Civil Veterinary Dept. North-West Frontier Province 1933-46 - 1933-1946
Year: 1933
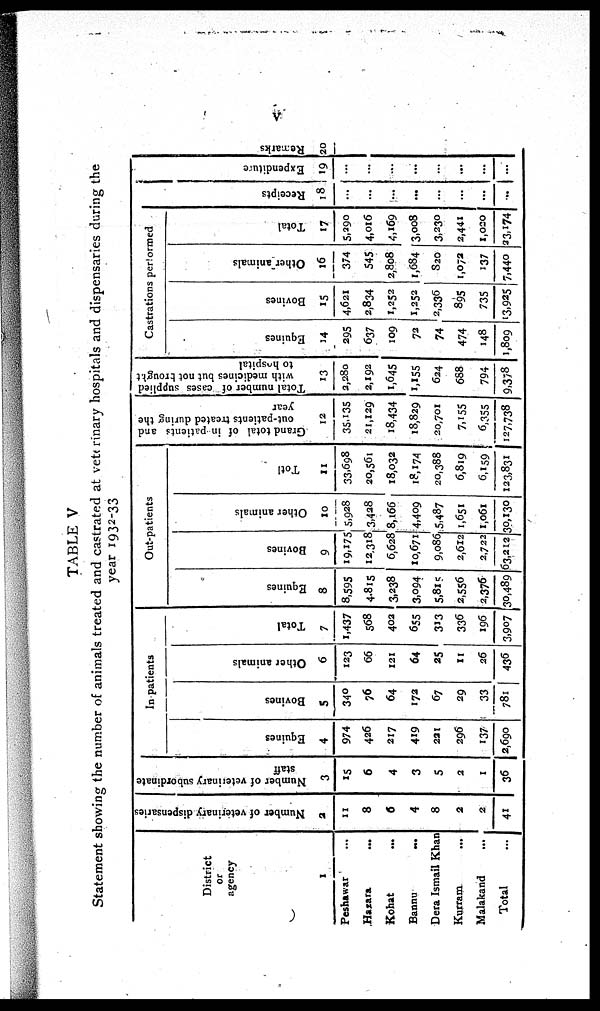
V
TABLE V
Statement showing the number of animals treated and castrated at veterinary hospitals and dispensaries during the
year 1932-33
District
or
agency
1
Peshawar ...
Hazara ...
Kohat ...
Bannu
...
Dera Ismail Khan
Kurram ...
Malakand
...
Total ...
Number of veterinary dispensaries
2
11
8
6
4
8
2
2
41
Number of veterinary subordinate
staff
3
15
6
4
3
5
2
1
36
In patients
Equines
4
974
426
217
419
221
296
137
2,690
Bovines
5
340
76
64
172
67
29
33
781
Other animals
6
123
66
121
64
25
11
26
436
Total
7
1,437
568
402
655
313
336
196
3,907
Out-patients
Equines
8
8,595
4.815
3,238
3,094
5.815
2,556
2,376
30,489
Bovines
9
19,175
12,318
6,628
10,671
9,086
2,612
2,722
63,212
Other animals
10
5,928
3,428
8,166
4,409
5,487
1,651
1,061
30,130
Total
11
33,698
20,561
18,032
18,174
20,388
6,819
6,159
123,831
Grand total of in patients and
out-patients treated during the
year
12
35,135
21,129
18,434
18,829
20,701
7,155
6,355
127,738
Total number of cases supplied
with medicines but not brought
to hospital
13
2,280
2,192
1,645
1,155
624
688
794
9,378
Castrations performed
Equines
14
295
637
109
72
74
474
148
1,809
Bovines
15
4,621
2,834
1,252
1,252
2,336
895
735
23,925
Other animals
16
374
545
2,808
1,684
820
1,072
137
7,440
Total
17
5,290
4,016
4,169
3,008
3,230
2,441
1,020
33,174
Receipts
18
...
...
...
...
...
...
...
...
Expenditure
19
...
...
...
...
...
...
...
...
Remarks
20